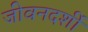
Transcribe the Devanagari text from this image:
जीवनदर्शी